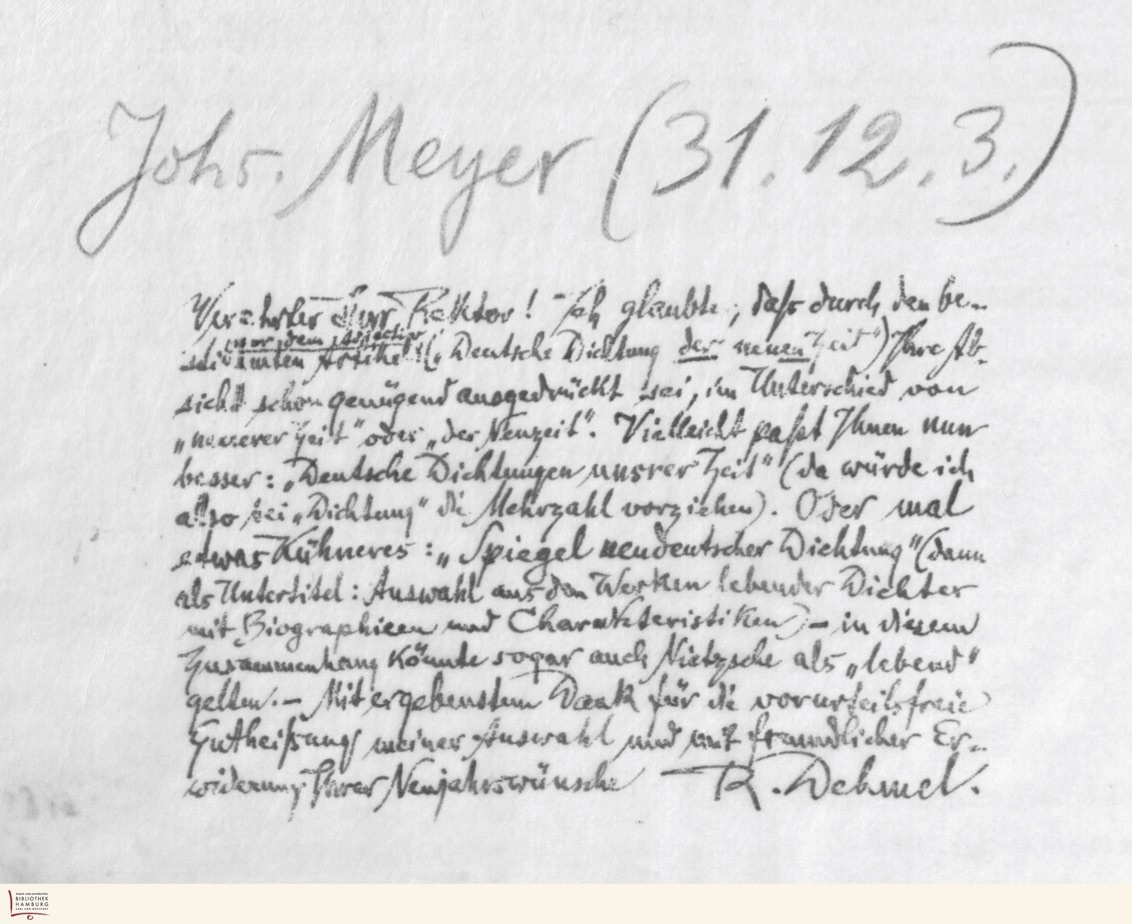
Johs. Meyer (31.12.3.)
Verehrter Herr Rektor! Ich glaubte, daß durch den be-
stimmten Artikel vor dem Adjectiv „Deutsche Dichtung der neuen Zeit") Ihre Ab-
sicht sehr genügend ausgedrückt sei, im Unterschied von
„neuerer Zeit" oder „der Neuzeit". Vielleicht paßt Ihnen nun
besser: „Deutsche Dichtungen unsrer Zeit" (da würde ich
also bei „Dichtung" die Mehrzahl vorziehen). Oder mal
etwas Kühneres: „Spiegel neudeutscher Dichtung" (dann
als Untertitel: Auswahl aus den Werken lebender Dichter
mit Biographien und Charakteristiken) - in diesem
Zusammenhang könnte sogar auch Nietzsche als „lebend"
gelten. - Mit ergebenstem Dank für die vorurteilsfreie
Gutheißung meiner Auswahl und mit freundlicher Er-
widerung Ihrer Neujahrswünsche
R. Dehmel.